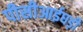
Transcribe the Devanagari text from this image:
पीसीआईघड़ी